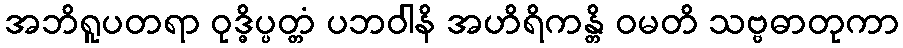
အဘိရူပတရာ ဝုဒ္ဓိပ္ပတ္တံ ပဘဝါနိ အဟိရိကန္တိ ဝမတိ သဗ္ဗဓာတုကာ